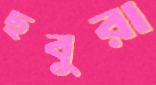
ছবুরা